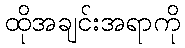
ထိုအချင်းအရာကို